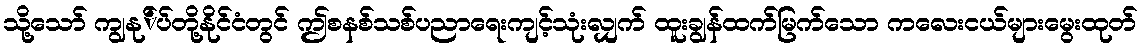
သို့သော် ကျွနု်ပ်တို့နိုင်ငံတွင် ဤစနစ်သစ်ပညာရေးကျင့်သုံးလျှက် ထူးချွန်ထက်မြက်သော ကလေးငယ်များမွေးထုတ်